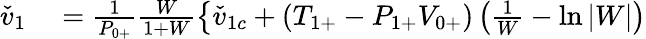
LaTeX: \begin{array}{rl}{\check{v}_{1}}&{{}=\frac{1}{{P}_{0+}}\frac{W}{1+W}\left\{ \check{v}_{1c}+({T}_{1+}-{P}_{1+}{V}_{0+})\left(\frac{1}{W}-\ln{|W|}\right)\right.}\end{array}